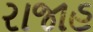
રાજાહ